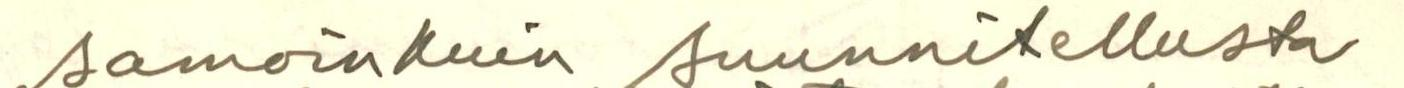
samoin kuin suunnitellusta